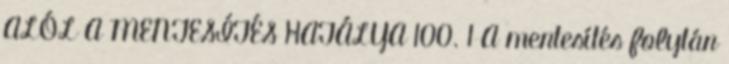
ALÓL A MENTESÍTÉS HATÁLYA 100. 1 A mentesítés folytán